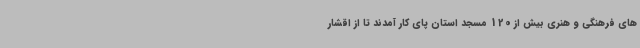
های فرهنگی و هنری بیش از 120 مسجد استان پای کار آمدند تا از اقشار